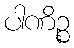
ပါဏိဉ္စ